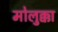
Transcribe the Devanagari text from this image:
मोलुक्का